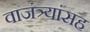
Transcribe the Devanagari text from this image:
वाजंत्र्यांसह